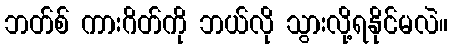
ဘတ်စ် ကားဂိတ်ကို ဘယ်လို သွားလို့ရနိုင်မလဲ။